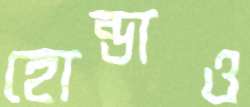
হোন্ডাও